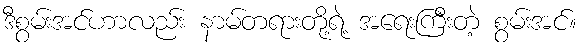
ဒီစွမ်းအင်ဟာလည်း နာမ်တရားတို့ရဲ့ အရေးကြီးတဲ့ စွမ်းအင်။